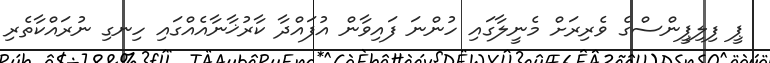
ޕީ ފިލިޕީންސްގެ ވެރިރަށް މެނީލާގައި ހުންނަ ފައިވާން އުފައްދާ ކާރުޚާނާއެއްގައި ހިނގި ނުރައްކާތެރި